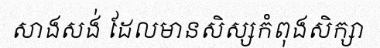
សាងសង់ ដែលមានសិស្សកំពុងសិក្សា